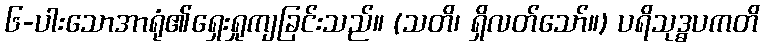
၆-ပါးသောအာရုံ၏ရှေးရှုကျခြင်းသည်။ (သတိ၊ ရှိလတ်သော်။) ပရိသုဒ္ဓပကတိ